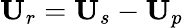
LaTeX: \mathbf{U}_{r}=\mathbf{U}_{s}-\mathbf{U}_{p}